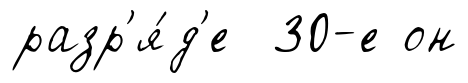
разр'я́д'е 30-е он